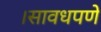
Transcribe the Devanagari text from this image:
।सावधपणे